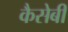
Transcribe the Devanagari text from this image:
कैसेबी